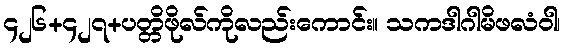
၄၂၆+၄၂၇+ပတ္တိဖိုလ်ကိုလည်းကောင်း။ သကဒါဂါမိဖလံဝါ၊